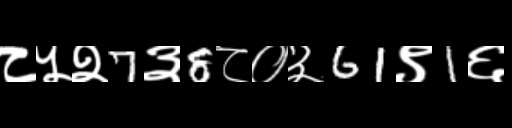
Text: ८५२7३8८०३61९1६